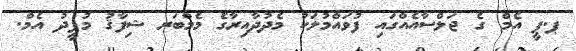
ޕ.ޕީ އެމް ގެ ޖަލްސާއެއްގައި ފުވައްމުލަކު މެދުދާއިރާގެ މެމްބަރ ޝިފާޤު މުފީދު އެމް.